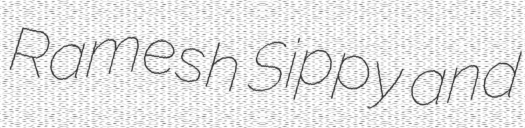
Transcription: Ramesh Sippy and